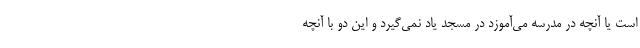
است یا آنچه در مدرسه می‌آموزد در مسجد یاد نمی‌گیرد و این دو با آنچه